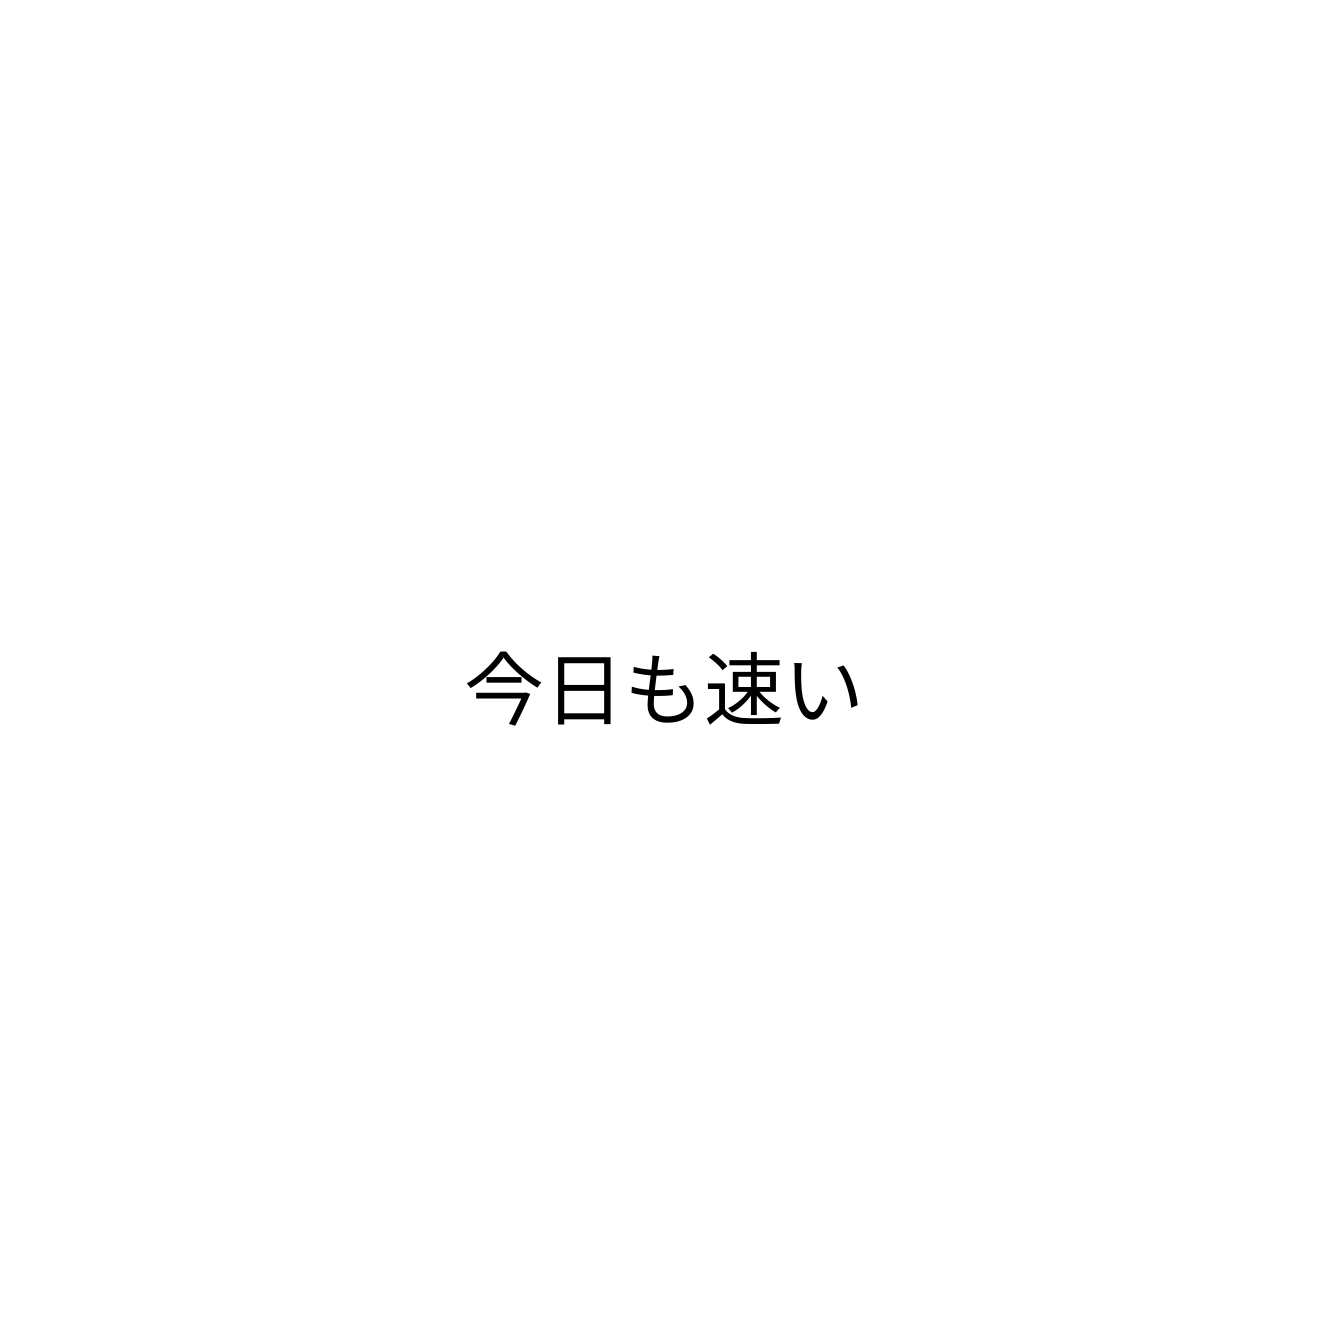
今日も速い